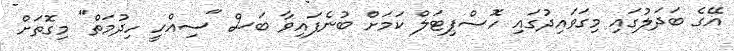
އޭގެ ބަދަލުގައި މިގަވައިދުގައި ހޮސްޕިޓަލް ކަމަށް ބުނެފައިވާ ބަސް "ސިއްހީ ހިދުމަތް" މިގޮތަށް